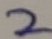
Text: 2